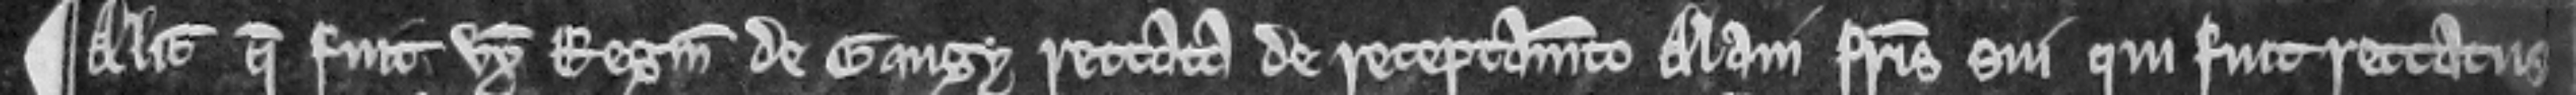
¶ Alicia que fuit uxor Reginaldi de Gaugy rettata de receptamento Alani fratris sui qui fuit rettatus